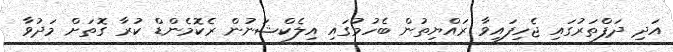
އަދި ދަފްތަރުގައި ޖެހިފައިވާ ރައްޔިތުން ބެހުމުގައި އިލެކްޝަނުން ރެކޮމެންޑް ކުރާ ގޮތަށް މަދުވާ